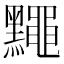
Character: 䵴